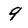
Character: 9